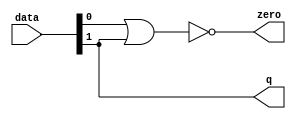
module  acl_fp_sub_double_altpriority_encoder_3e8
	( 
	data,
	q,
	zero) ;
	input   [1:0]  data;
	output   [0:0]  q;
	output   zero;
	assign
		q = {data[1]},
		zero = (~ (data[0] | data[1]));
endmodule